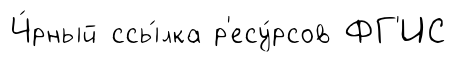
Ч́рный ссы́лка р'есу́рсов ФГ'ИС